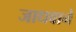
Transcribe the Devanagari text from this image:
जाधवाने